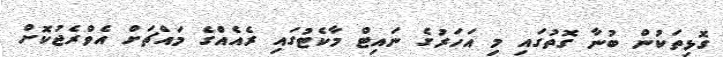
ގޮޅިތަކުން ބުނާ ގޮތުގައި މި އަހަރުގެ ނައިޓް މާކެޓުގައި ރެއެއްގެ މައްޗަށް އެވްރެޖުކޮށް